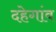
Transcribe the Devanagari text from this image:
दहेगांव